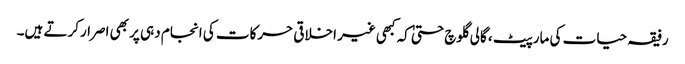
رفیقہ حیات کی مارپیٹ ، گالی گلوچ حتیٰ کہ کبھی غیر اخلاقی حرکات کی انجام دہی پر بھی اصرارکرتے ہیں۔